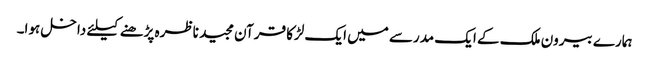
ہمارے بیرون ملک کے ایک مدرسے میں ایک لڑکا قرآن مجید ناظرہ پڑھنے کیلئے داخل ہوا۔